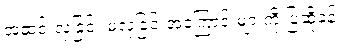
အဆင်းလှခြင်း မလှခြင်းအကြောင်းများကို ပြဆိုခန်း